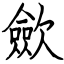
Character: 歛